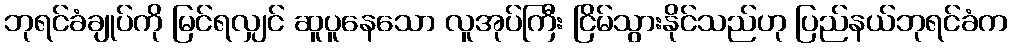
ဘုရင်ခံချုပ်ကို မြင်ရလျှင် ဆူပူနေသော လူအုပ်ကြီး ငြိမ်သွားနိုင်သည်ဟု ပြည်နယ်ဘုရင်ခံက